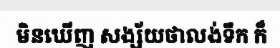
មិនឃើញ សង្ស័យថាលង់ទឹក ក៏